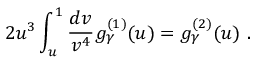
2 u ^ { 3 } \int _ { u } ^ { 1 } \frac { d v } { v ^ { 4 } } g _ { \gamma } ^ { ( 1 ) } ( u ) = g _ { \gamma } ^ { ( 2 ) } ( u ) ~ .